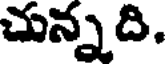
చున్నది.